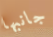
جانبها